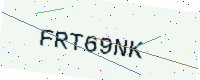
Text: FRT69NK